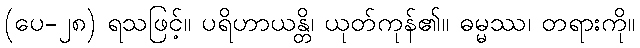
(ပေ-၂၈) ရသဖြင့်။ ပရိဟာယန္တိ၊ ယုတ်ကုန်၏။ ဓမ္မဿ၊ တရားကို။